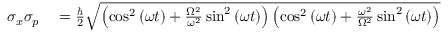
\begin{array} { r l } { \sigma _ { x } \sigma _ { p } } & { { } = { \frac { \hbar } { 2 } } { \sqrt { \left( \cos ^ { 2 } { ( \omega t ) } + { \frac { \Omega ^ { 2 } } { \omega ^ { 2 } } } \sin ^ { 2 } { ( \omega t ) } \right) \left( \cos ^ { 2 } { ( \omega t ) } + { \frac { \omega ^ { 2 } } { \Omega ^ { 2 } } } \sin ^ { 2 } { ( \omega t ) } \right) } } } \end{array}